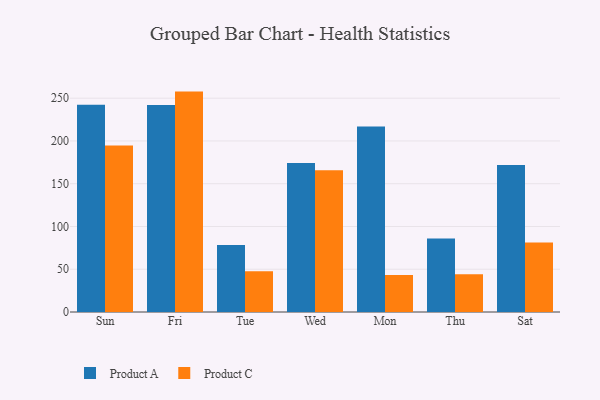
{"axis": {"x": "Day", "y": "Churn Rate (%)"}, "legend": ["Product A", "Product C"], "data": [{"x": "Sun", "y": 242.4, "type": "Product A"}, {"x": "Sun", "y": 194.7, "type": "Product C"}, {"x": "Fri", "y": 241.9, "type": "Product A"}, {"x": "Fri", "y": 257.7, "type": "Product C"}, {"x": "Tue", "y": 78.2, "type": "Product A"}, {"x": "Tue", "y": 47.6, "type": "Product C"}, {"x": "Wed", "y": 174.1, "type": "Product A"}, {"x": "Wed", "y": 165.8, "type": "Product C"}, {"x": "Mon", "y": 217.0, "type": "Product A"}, {"x": "Mon", "y": 43.2, "type": "Product C"}, {"x": "Thu", "y": 85.9, "type": "Product A"}, {"x": "Thu", "y": 44.2, "type": "Product C"}, {"x": "Sat", "y": 171.8, "type": "Product A"}, {"x": "Sat", "y": 81.3, "type": "Product C"}]}